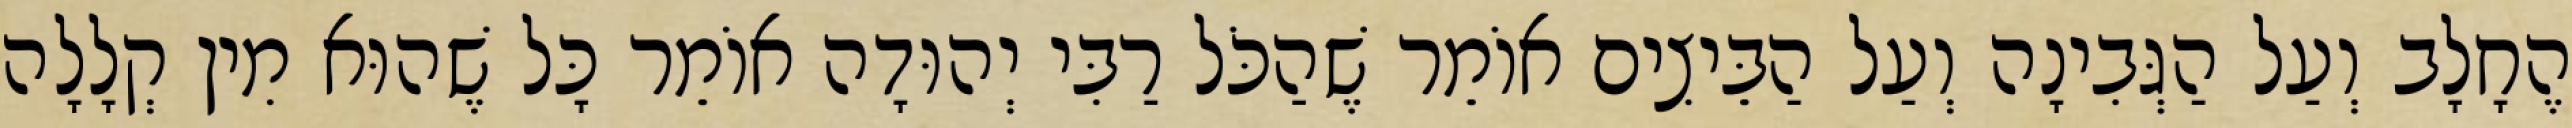
הֶחָלָב וְעַל הַגְּבִינָה וְעַל הַבֵּיצִים אוֹמֵר שֶׁהַכֹּל רַבִּי יְהוּדָה אוֹמֵר כָּל שֶׁהוּא מִין קְלָלָה